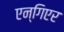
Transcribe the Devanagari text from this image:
एन्गिएर